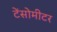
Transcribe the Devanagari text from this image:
टेंसोमीटर